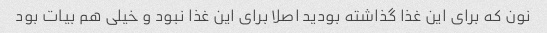
نون که برای این غذا گذاشته بودید اصلا برای این غذا نبود و خیلی هم بیات بود